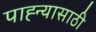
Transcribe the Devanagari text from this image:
पाह्न्यासाठी